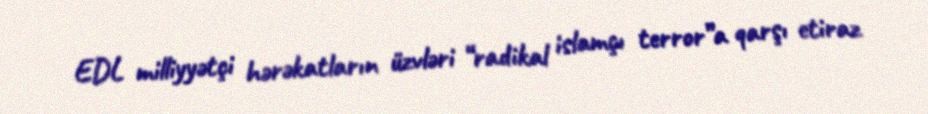
EDL milliyyətçi hərəkatların üzvləri “radikal islamçı terror”a qarşı etiraz